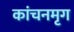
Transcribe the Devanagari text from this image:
कांचनमृग